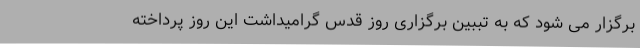
برگزار می شود که به تببین برگزاری روز قدس گرامیداشت این روز پرداخته